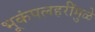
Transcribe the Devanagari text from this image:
भूकंपलहरींमुळे